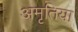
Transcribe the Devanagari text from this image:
अमृतिया